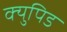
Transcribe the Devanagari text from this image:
क्युपिड